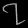
Digit: ၇